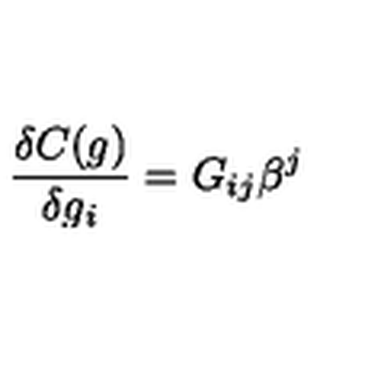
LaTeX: { \frac { \delta C ( g ) } { \delta g _ { i } } } = G _ { i j } \beta ^ { j }